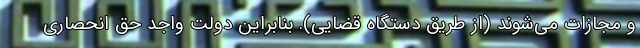
و مجازات می‌شوند (از طریق دستگاه قضایی). بنابراین دولت واجد حق انحصاری